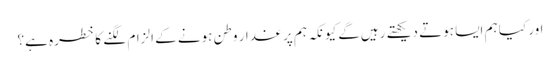
اور کیا ہم ایسا ہوتے دیکھتے رہیں‌گے کیونکہ ہم پر غدار وطن ہونے کے الزام لگنے کا خطرہ ہے؟